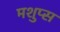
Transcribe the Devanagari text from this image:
मशुप्स